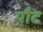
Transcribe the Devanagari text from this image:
यौट